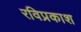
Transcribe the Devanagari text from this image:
रविप्रकाश